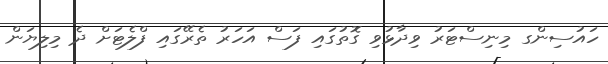
ހައުސިންގ މިނިސްޓަރު ވިދާޅުވި ގޮތުގައި ފަސް އަހަރު ތެރޭގައި ފްލެޓަށް ދެ މިލިޔަން